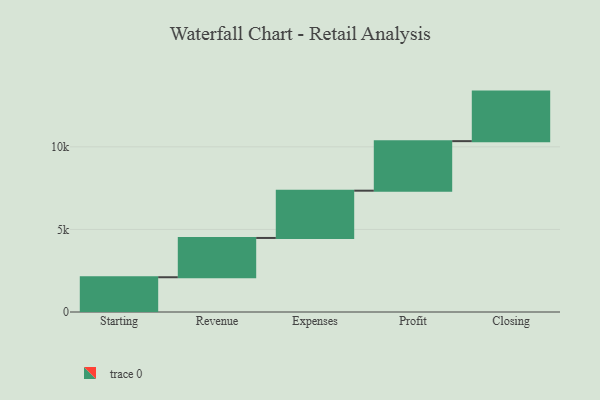
{"axis": {"x": "Step", "y": "Value"}, "legend": [""], "data": [{"x": "Starting", "y": 2105.0, "type": ""}, {"x": "Revenue", "y": 2379.0, "type": ""}, {"x": "Expenses", "y": 2863.0, "type": ""}, {"x": "Profit", "y": 3000, "type": ""}, {"x": "Closing", "y": 3000, "type": ""}]}